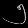
Digit: ၅